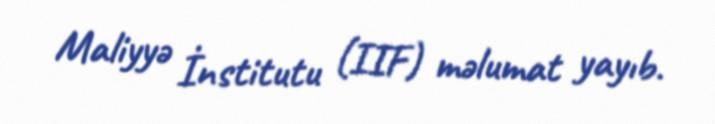
Maliyyə İnstitutu (IIF) məlumat yayıb.